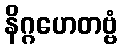
နိဂ္ဂဟေတဗ္ဗံ